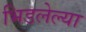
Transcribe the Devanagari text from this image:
भिडलेल्या